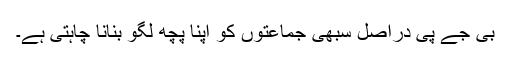
بی جے پی دراصل سبھی جماعتوں کو اپنا پچھ لگو بنانا چاہتی ہے۔